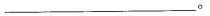
____________。